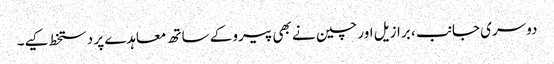
دوسری جانب ، برازیل اور چین نے بھی پیرو کے ساتھ معاہدے پر دستخط کیے۔